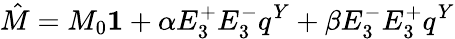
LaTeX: \hat{M}=M_{0}{\mathbf 1}+\alpha E_{3}^{+}E_{3}^{-}q^{Y}+\beta E_{3}^{-}E_{3}^{+}q^{Y}